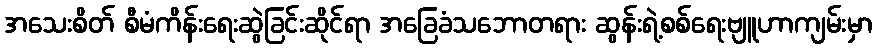
အသေးစိတ် စီမံကိန်းရေးဆွဲခြင်းဆိုင်ရာ အခြေခံသဘောတရား ဆွန်းရဲ့စစ်ရေးဗျူဟာကျမ်းမှာ